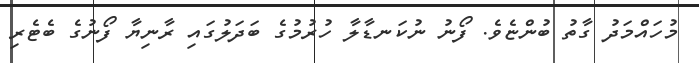
މުހައްމަދު ގާތު ބުންޏެވެ. ފޯނު ނުކަނޑާލާ ހުރުމުގެ ބަދަލުގައި ރާނިޔާ ފޯނުގެ ބެޓެރި